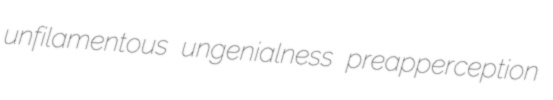
unfilamentous ungenialness preapperception